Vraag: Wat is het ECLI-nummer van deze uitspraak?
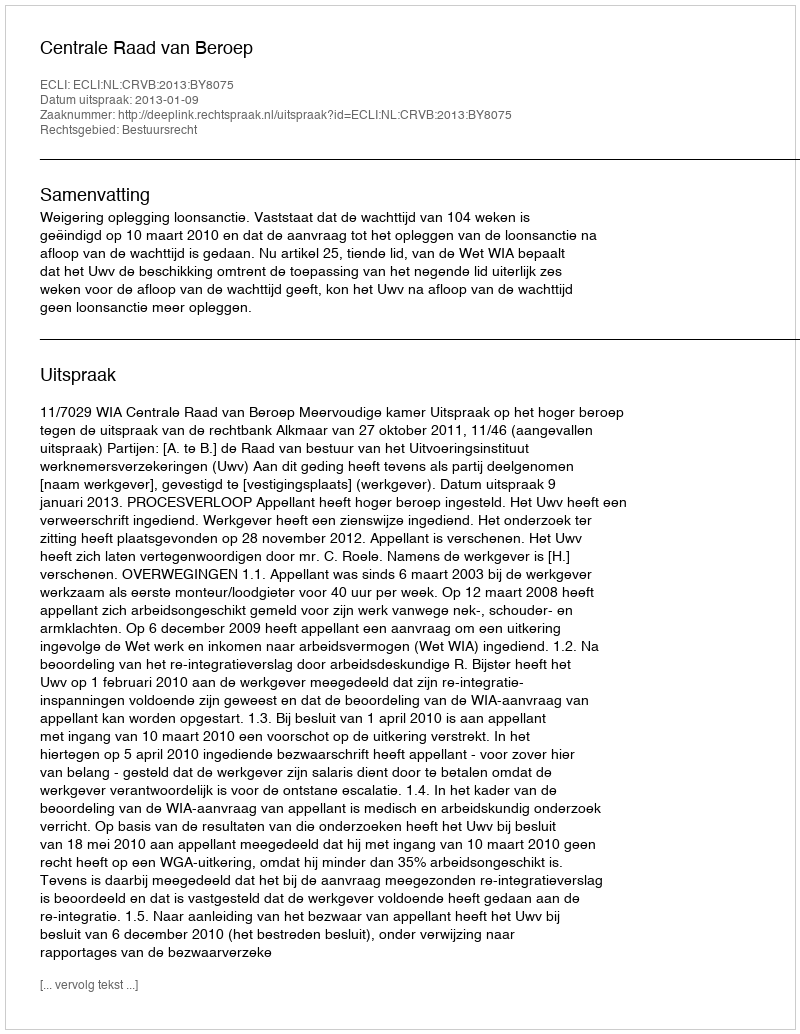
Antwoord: ECLI:NL:CRVB:2013:BY8075